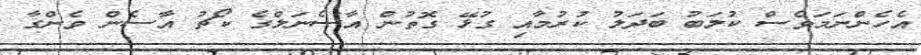
އެހެންނަމަވެސް ކުލަބު ބަދަލު ކުރުމާއި ގުޅޭ ގޮތުން އާސެނަލްގެ ކޯޗު އާސެން ވެންގާ